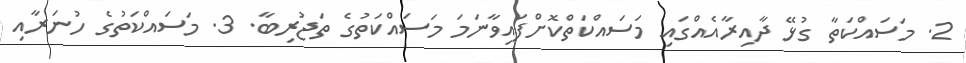
2. މަސައްކަތާ ގުޅޭ ދާއިރާއެއްގައި މަސައްކަތްކޮށްފައިވާނަމަ މަސައްކަތުގެ ތަޖުރިބާ. 3. މަސައްކަތުގެ ހުނަރާއި